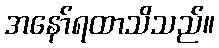
အနော်ရထာသိသည်။